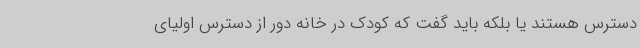
دسترس هستند یا بلکه باید گفت که کودک در خانه دور از دسترس اولیای